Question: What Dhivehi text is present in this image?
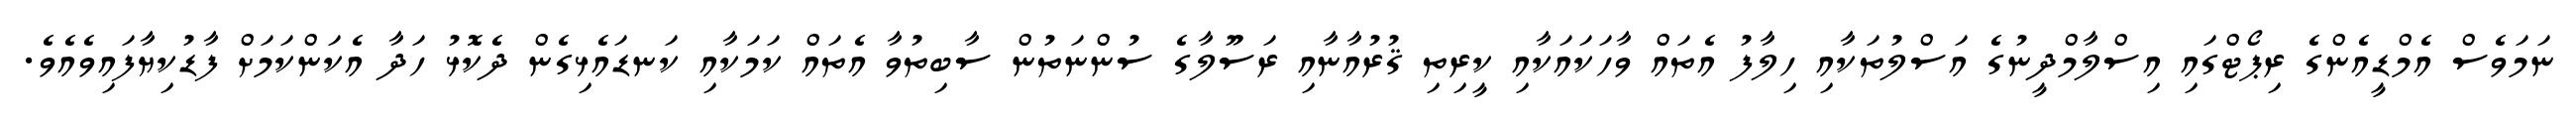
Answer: ނަމަވެސް އެމްޑީއެންގެ ރިޕޯޓްގައި އިސްލާމްދީނުގެ އަސްލުތަކާއި ހިލާފު އެތައް ވާހަކައަކާއި ކީރިތި ޤުރުއާނާއި ރަސޫލާގެ ސުންނަތުން ސާބިތުވާ އެތައް ކަމަކާއި ކަނޑައެޅިގެން ދެކޮޅު ހަދާ އެކަންކަމަށް ފާޑުކިޔާފައިވެއެވެ.